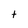
Character: t